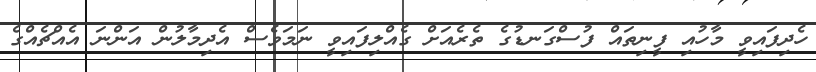
ހެދިފައިވީ މާހުއި ފީނިތައް ފުސްގަނޑުގެ ތެރެއަށް ގެއްލިފައިވީ ނަމަވެސް އެދިމާލުން އަންނަ އެއްޗެއްގެ